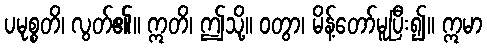
ပမုစ္စတိ၊ လွတ်၏။ ဣတိ၊ ဤသို့။ ဝတွာ၊ မိန့်တော်မူပြီး၍။ ဣမာ